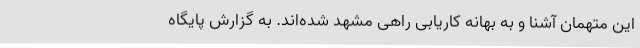
این متهمان آشنا و به بهانه کاریابی راهی مشهد شده‌اند. به گزارش پایگاه